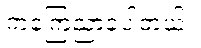
ကကြေညာခဲ့ပါတယ်။